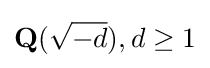
\mathbf {Q} ({\sqrt {-d}}),d\geq 1